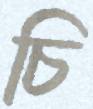
চি